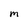
Character: M